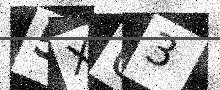
Text: 5XU3